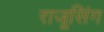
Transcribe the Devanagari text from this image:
राजूसिंग